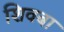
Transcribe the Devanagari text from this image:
शिवबा